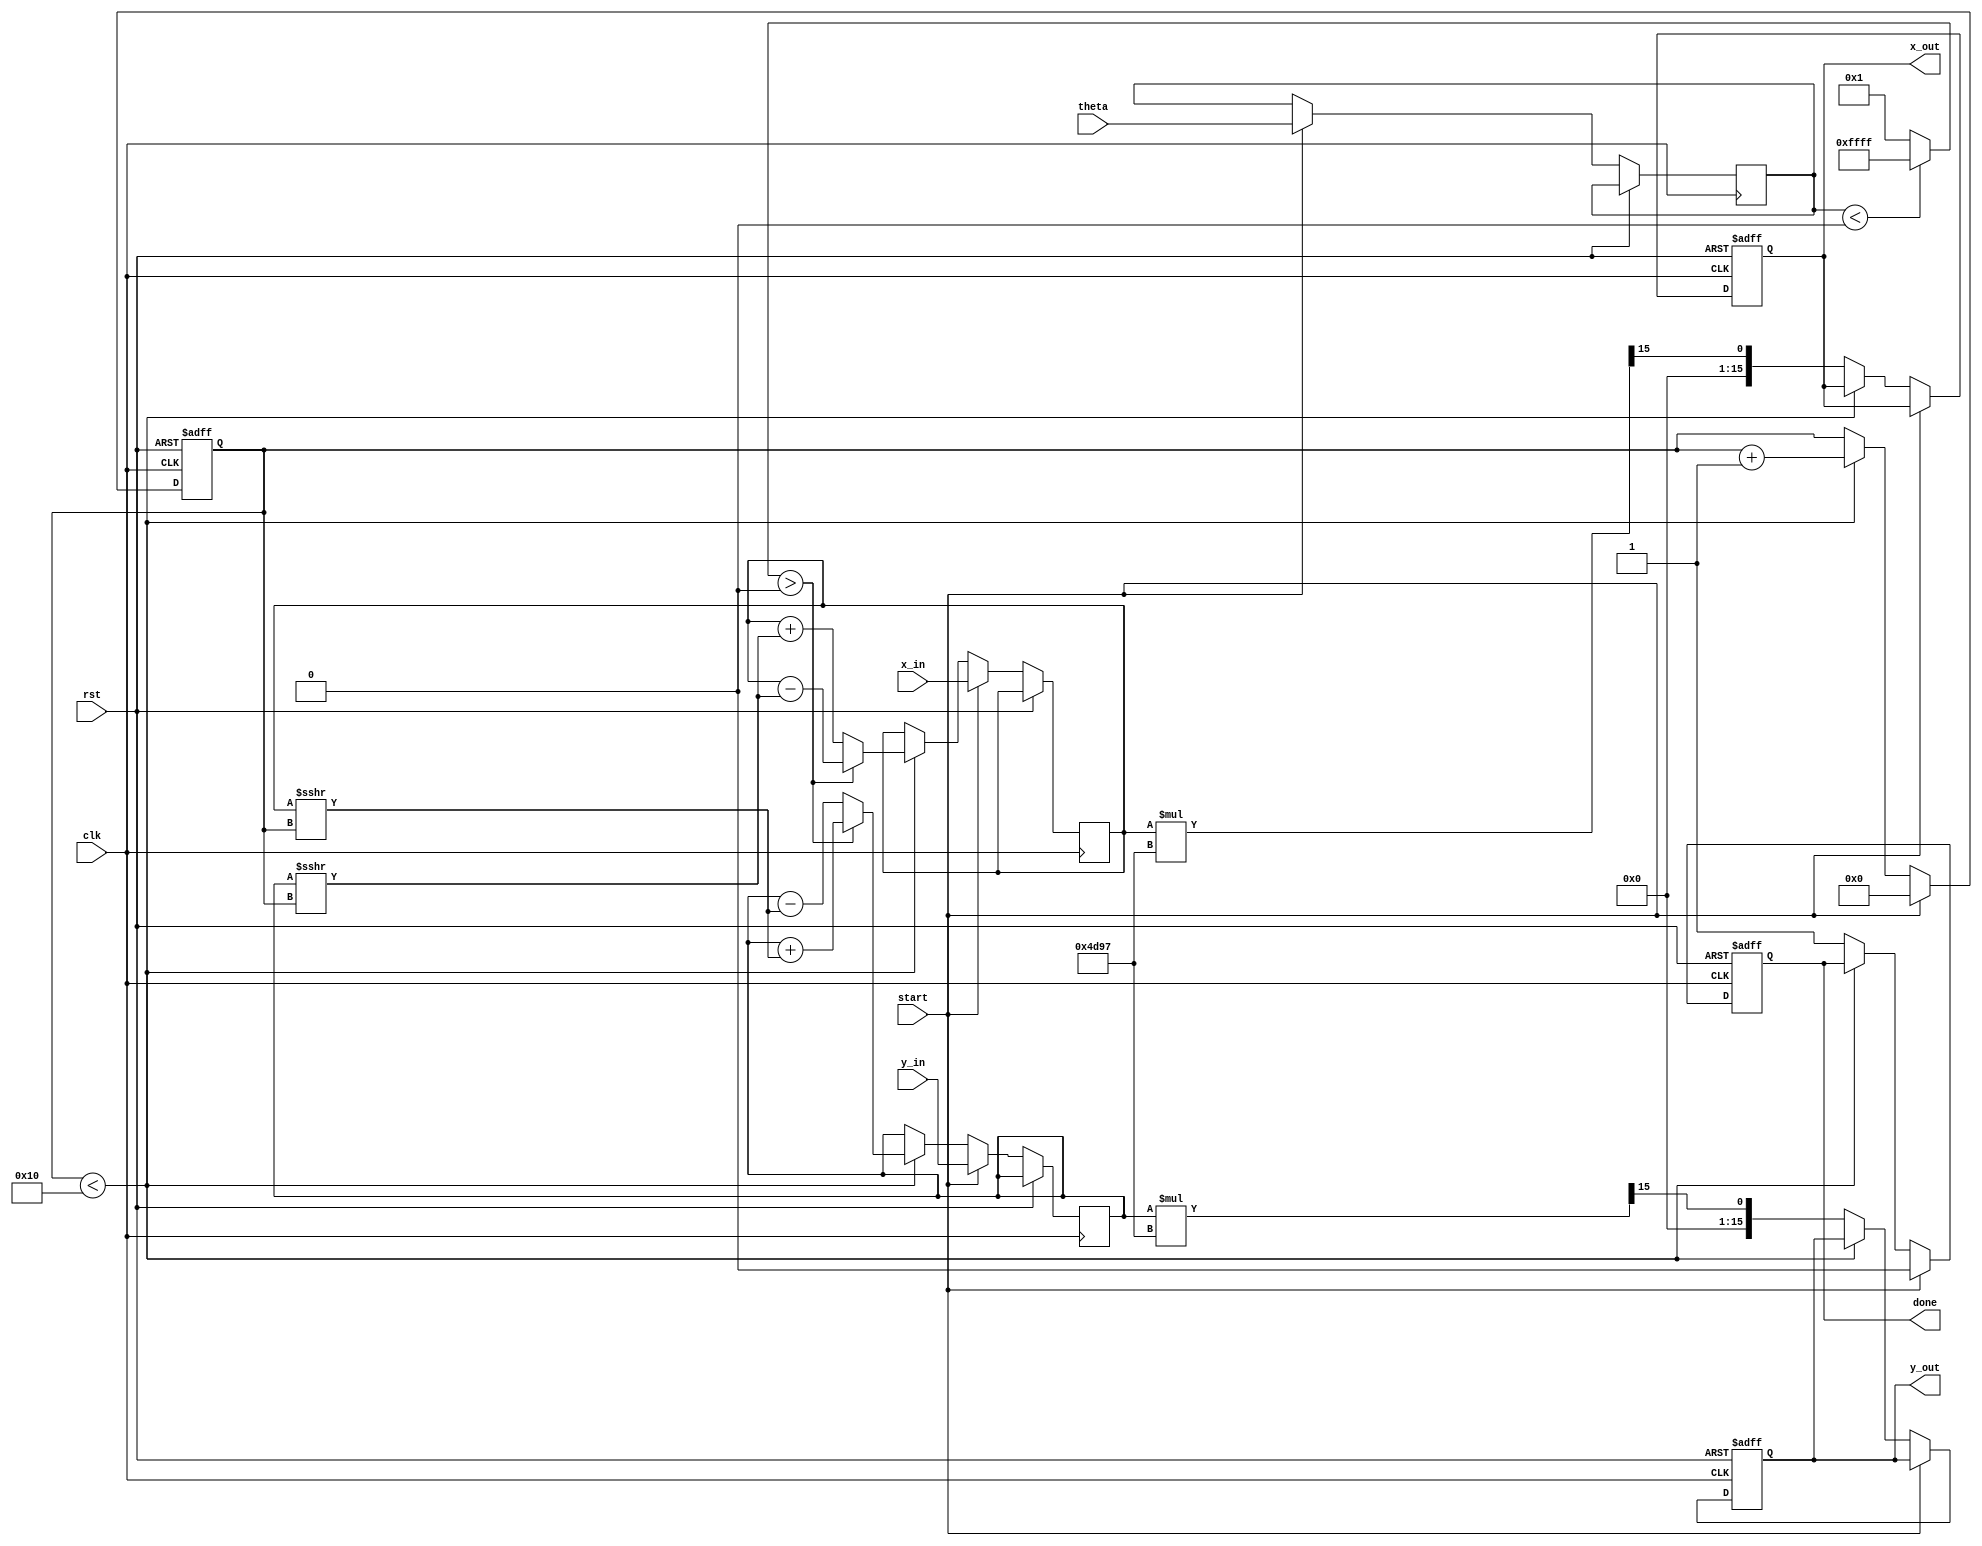
module cordic_rotational #(
    parameter WIDTH = 16,       // Width of input/output
    parameter ITERATIONS = 16,  // Number of iteration steps
    parameter SCALING_FACTOR = 16'h4D97  // Approximate scaling factor for CORDIC (0.6072 in fixed-point)
)(
    input  wire                  clk,
    input  wire                  rst,
    input  wire [WIDTH-1:0]     theta,     // Angle input
    input  wire [WIDTH-1:0]     x_in,      // X input
    input  wire [WIDTH-1:0]     y_in,      // Y input
    input  wire                  start,     // Start signal
    output reg [WIDTH-1:0]      x_out,     // Rotated X output
    output reg [WIDTH-1:0]      y_out,     // Rotated Y output
    output reg                  done        // Done signal
);

    // Internal signals
    reg [WIDTH-1:0] x_reg, y_reg;
    reg [WIDTH-1:0] theta_reg;
    reg [4:0] iter_reg;  // Current iteration
    reg [WIDTH-1:0] atan_lut [0:ITERATIONS-1]; // Lookup table for arctangent values
    reg signed [WIDTH-1:0] x_temp, y_temp;
    wire signed [WIDTH-1:0] D; // Direction (1 for clockwise, -1 for counter-clockwise)

    // Initialize LUT with precomputed arctangent values
    initial begin
        atan_lut[0] = 16'h1C71; // atan(0.5) = 0.4636
        atan_lut[1] = 16'h0D24; // atan(0.25) = 0.2449
        atan_lut[2] = 16'h0A3D; // atan(0.125) = 0.1244
        atan_lut[3] = 16'h0555; // atan(0.0625) = 0.06243
        atan_lut[4] = 16'h028E; // atan(0.03125) = 0.03124
        // Additional values can be filled...
        // Lattice values.
    end

    // Direction logic
    assign D = (theta_reg < 0) ? -1 : 1;

    // CORDIC computation logic
    always @(posedge clk or posedge rst) begin
        if (rst) begin
            x_out <= 0;
            y_out <= 0;
            done <= 0;
            iter_reg <= 0;
        end else if (start) begin
            // Initialize values
            x_reg <= x_in;
            y_reg <= y_in;
            theta_reg <= theta;
            iter_reg <= 0;
            done <= 0;
        end else if (iter_reg < ITERATIONS) begin
            // Perform CORDIC iteration
            if (D > 0) begin
                // Counter-clockwise rotation
                x_temp = x_reg - (y_reg >>> iter_reg);
                y_temp = y_reg + (x_reg >>> iter_reg);
            end else begin
                // Clockwise rotation
                x_temp = x_reg + (y_reg >>> iter_reg);
                y_temp = y_reg - (x_reg >>> iter_reg);
            end
            
            x_reg <= x_temp;
            y_reg <= y_temp;
            iter_reg <= iter_reg + 1;
        end else begin
            // Upon completing iterations
            x_out <= (x_reg * SCALING_FACTOR) >>> 15; // Scaling and formatting
            y_out <= (y_reg * SCALING_FACTOR) >>> 15; // Scaling and formatting
            done <= 1;
        end
    end

endmodule